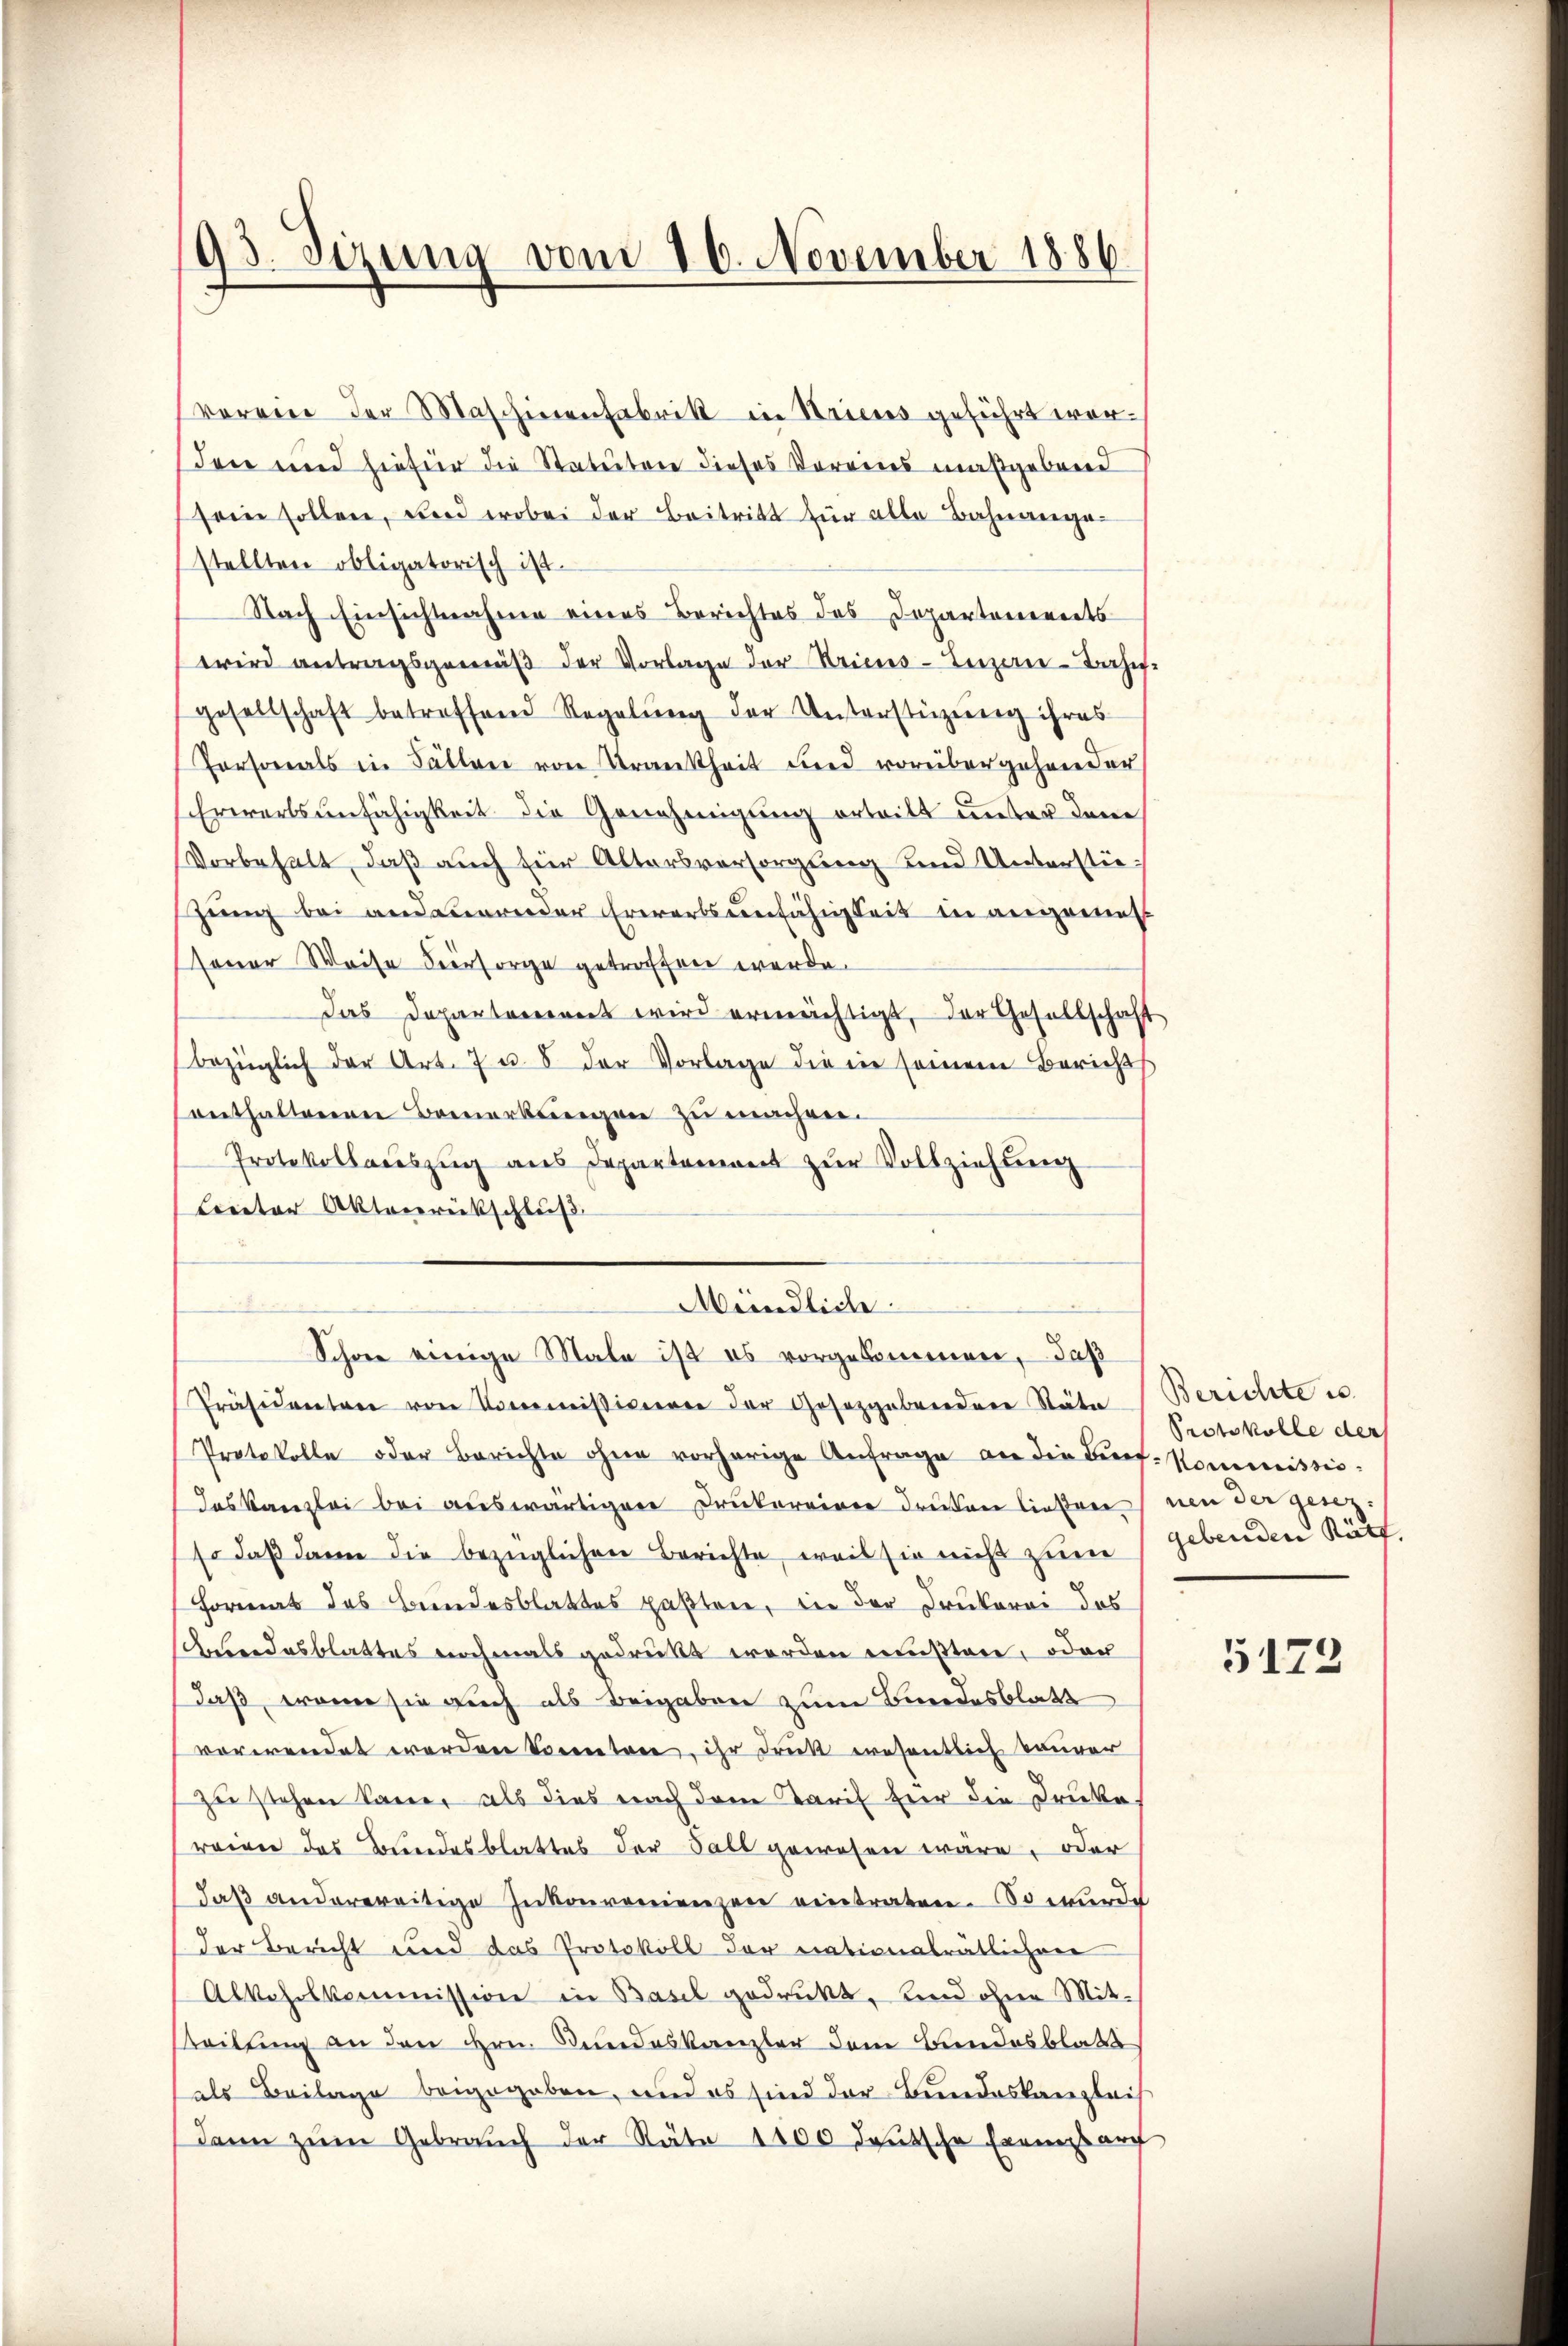
93. Sizung vom 16. November 1886.

verein der Maschinenfabrik in Kriens geführt worden und hiefür die Statuten dieses Vereines maßgebend
sein sollen, und wobei der Beitritt für alle Bahnangestellten obligatorisch ist.
Nach Einsichtnahme eines Berichtes des Departonereits
wird antragsgemäβ der Vorlage der Kriens-Enzen-Bahngesellschaft betreffend Regelŭng der Unterstüzung ihres
Personals in Fällen von Krankheit und vorübergehender
Erwartsunfähigkeit die Genehmigung ertritt unter dene
Vorbehalt, daß auch für Altersversorgung und Unterstiegung bei andauernder Erwerbsunfähigkeit in angemess
sener Weise Versorge getroffen werde.
Das Departeriennet wird ermächtigt, der Gesellschaft
bezüglich der Art. 7 u. 8 der Vorlage die in seinem Berichts
enthaltenen Bemerkungen zu machen.
Protokollaŭszŭg ans Departement zŭr Vollziehung
Ecreter Aktenrückschluß
Mündlich
Schon einige Male ist es vorgekommen, daß
Präsidenten von Commissivieren der Gesetzgebenden Stäte
Protokolle oder Berichte ohne vorherige Anfrage an die Bef-Kommissio¬
Das Kanzlei bei auswärtigen Drukereiner druken lieben.
so daß dann die bezüglichen Berichte, weil sie nicht zum
Format das Bundesblattes paßten, in der Drukerei des
Aendesblattes nochmals gedrückt werden mustere, oder
daß, wenn sie auch als Beigaben zum Bundesblatt
verwendet werden konnten, ihr Druk wesentlich kauner
zu stehen kanne, als dies nach dem Tarif für die Drecke.
reien das Bundesblattes der Fall gewesen wäre, oder
daβ anderereitige Inkonvenienzen eintraten. So wurde
der Bericht und das Protokoll der nationalrätlichen
Alkoholkommission in Basel gedruckt, und ohne Mitsteilung an den Hrn. Bundeskanzler dem Bundesblatt
als Beilage beigegeben, und es sind der Bundeskanzleis
dann zum Gebrauch der Räte 1000 deutsche Exemplarg

Berichte u.
Protokolle der
nen der gesezgebenden Räth.

5173